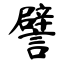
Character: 譬